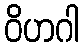
ဝိဟဂါ